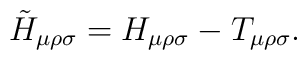
\tilde{H}_{\mu\rho\sigma}= H_{\mu\rho\sigma}- T_{\mu\rho\sigma}.